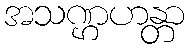
အသဏ္ဌဟန္တာ